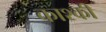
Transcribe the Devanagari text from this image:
काश्की